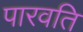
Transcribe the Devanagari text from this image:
पारवति